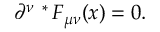
\partial ^ { \nu } \mathrm { \mathrm { } ~ ^ { * } \! ~ } F _ { \mu \nu } ( x ) = 0 .